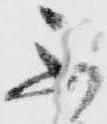
不